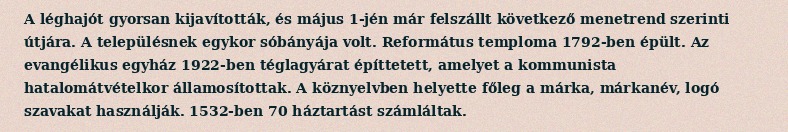
A léghajót gyorsan kijavították, és május 1-jén már felszállt következő menetrend szerinti útjára. A településnek egykor sóbányája volt. Református temploma 1792-ben épült. Az evangélikus egyház 1922-ben téglagyárat építtetett, amelyet a kommunista hatalomátvételkor államosítottak. A köznyelvben helyette főleg a márka, márkanév, logó szavakat használják. 1532-ben 70 háztartást számláltak.